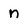
Character: n